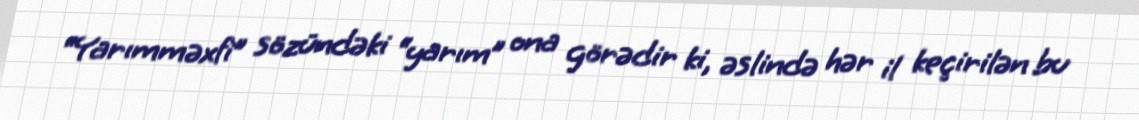
“Yarımməxfi” sözündəki “yarım” ona görədir ki, əslində hər il keçirilən bu